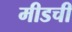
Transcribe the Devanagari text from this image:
मीडची